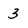
Character: 3